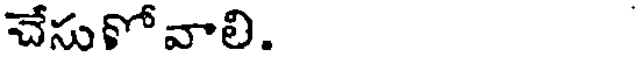
చేసుకోవాలి.